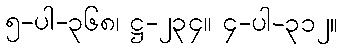
၅-ပါ-၃၆၈၊ ဋ္ဌ-၂၃၄။ ၄-ပါ-၃၁၂။